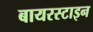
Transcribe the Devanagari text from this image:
बायरस्टाइन